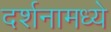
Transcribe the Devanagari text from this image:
दर्शनामध्ये